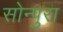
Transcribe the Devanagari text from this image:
सोन्पुरा